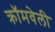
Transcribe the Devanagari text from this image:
क्रॉमवेली